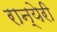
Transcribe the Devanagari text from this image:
रान्येरी